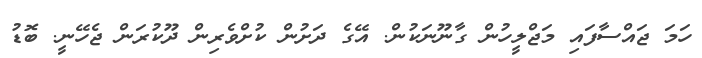
ހަމަ ޖައްސާފައި މަޖްލީހުން ގާނޫނަކުން. އޭގެ ދަށުން ކުށްވެރިން ދޫކުރަން ޖެހޭނީ. ބޮޑު